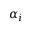
\alpha _ { i }